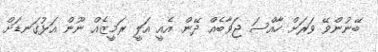
ބޭނުންވޭ ވަރަށް ހާއްސަ ޖަވާބެއް ދޭން. އެއީ އަލީ ރަމީޒެއް ނޫން އަޅުގަނޑަށް